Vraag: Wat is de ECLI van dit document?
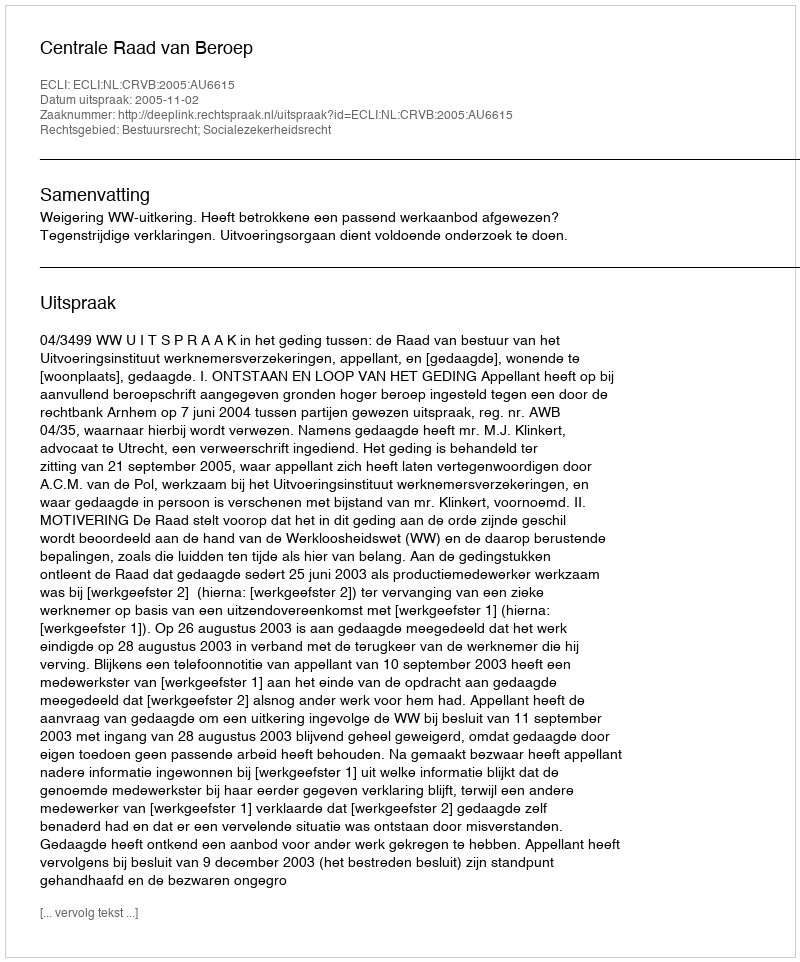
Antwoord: ECLI:NL:CRVB:2005:AU6615